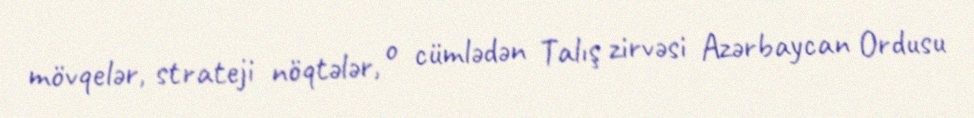
mövqelər, strateji nöqtələr, o cümlədən Talış zirvəsi Azərbaycan Ordusu